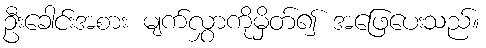
ဦးခေါင်းအစား မျက်လွှာကိုမှိတ်၍ အဖြေပေးသည်။